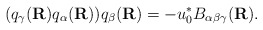
\begin{align*}(q_{\gamma}({\bf R}) q_{\alpha}({\bf R})) q_{\beta}({\bf R}) = - u_{0}^{*} B_{\alpha \beta \gamma}({\bf R}).\end{align*}